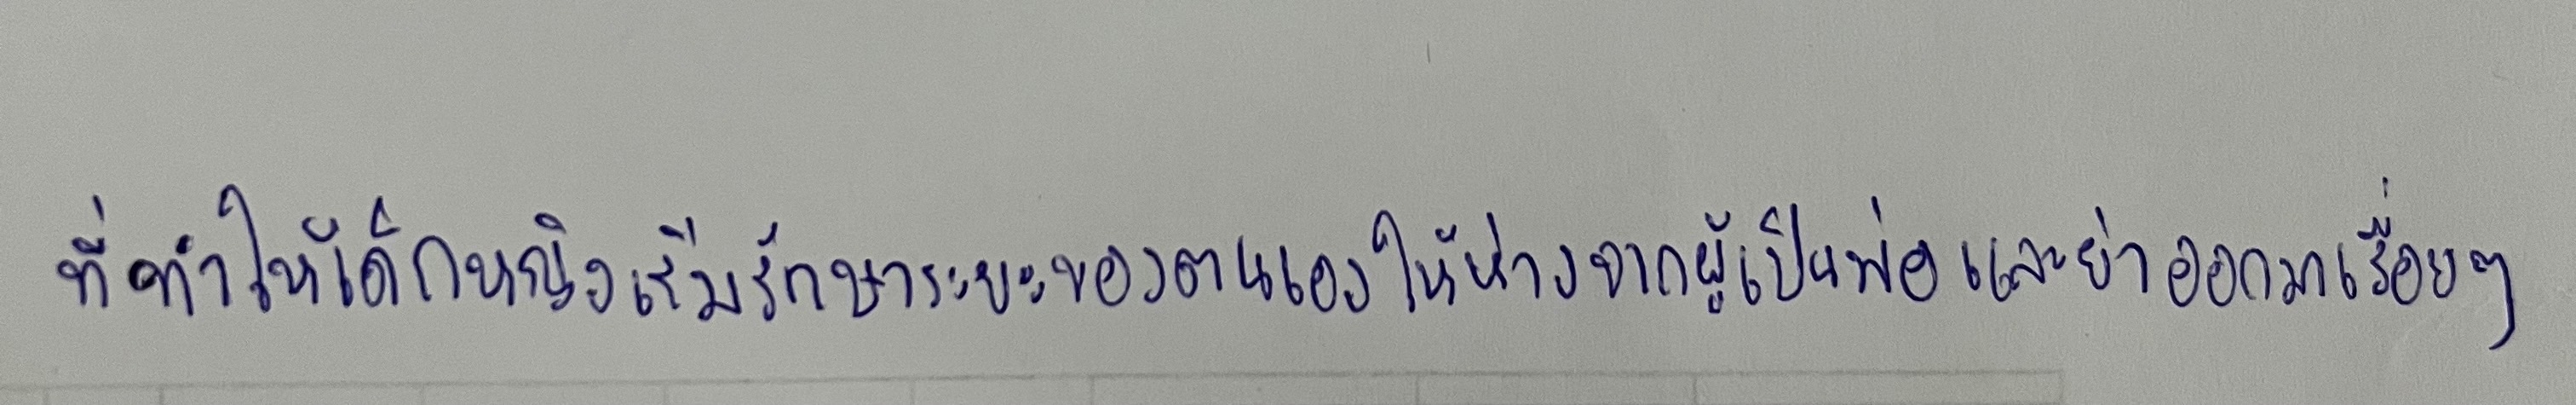
ที่ทำให้เด็กหญิงเริ่มรักษาระยะของตนเองให้ห่างจากผู้เป็นพ่อและย่าออกมาเรื่อยๆ